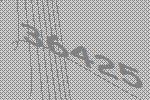
36425